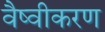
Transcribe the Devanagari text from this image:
वैष्वीकरण